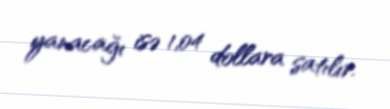
yanacağı isə 1,04 dollara satılır.